Report of an investigation into the causes of the diseases known in Assam as Kála-Azár and Beri-Beri
Disease focus: Beri-Beri
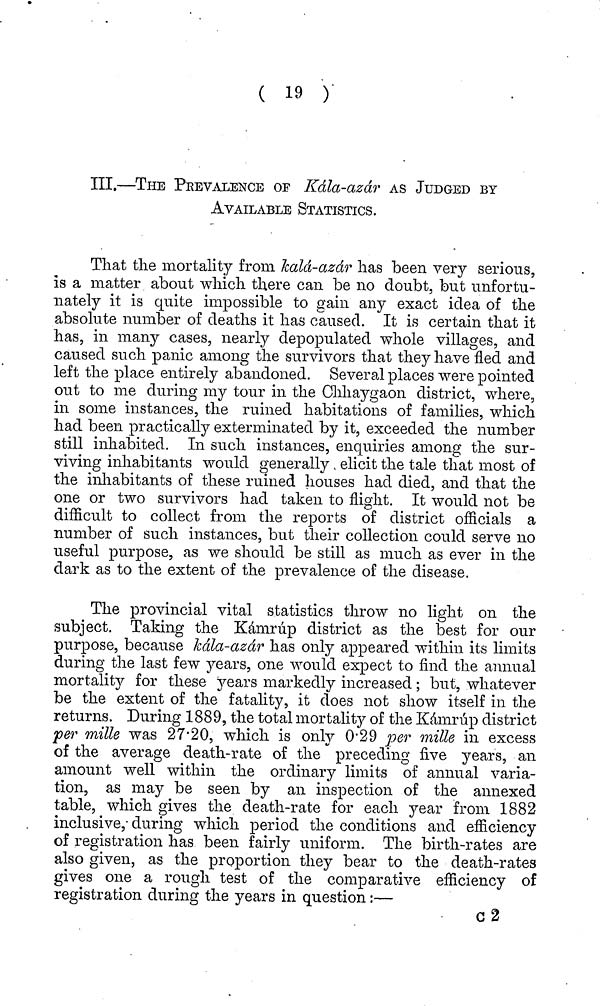
( 19 )
III.—THE PKEVALENCE OF Kala-azar AS JUDGED BY
AVAILABLE STATISTICS.
That the mortality from Jcald-azdr has been very serious,
is a matter about which there can be no doubt, but unfortu-
nately it is quite impossible to gain any exact idea of the
absolute number of deaths it has caused. It is certain that it
has, in many cases, nearly depopulated whole villages, and
caused such panic among the survivors that they have fled and
left the place entirely abandoned. Several places were pointed
out to me during my tour in the Chhaygaon district, where,
in some instances, the ruined habitations of families, which
had been practically exterminated by it, exceeded the number
still inhabited. In such instances, enquiries among the sur-
viving inhabitants would generally elicit the tale that most of
the inhabitants of these ruined houses had died, and that the
one or two survivors had taken to flight. It would not be
difficult to collect from the reports of district officials a
number of such instances, but their collection could serve no
useful purpose, as we should be still as much as ever in the
dark as to the extent of the prevalence of the disease.
The provincial vital statistics throw no light on the
subject. Taking the Kàmrup district as the best for our
purpose, because kala-azdr has only appeared within its limits
during the last few years, one would expect to find the annual
mortality for these years markedly increased ; but, whatever
be the extent of the fatality, it does not show itself in the
returns. During 1889, the total mortality of the Kamrup district
per mille was 27'20, which is only 0'29 per mille in excess
of the average death-rate of the preceding five years, an
amount well within the ordinary limits of annual varia-
tion, as may be seen by an inspection of the annexed
table, which gives the death-rate for each year from 1882
inclusive,· during which period the conditions and efficiency
of registration has been fairly uniform. The birth-rates are
also given, as the proportion they bear to the death-rates
gives one a rough test of the comparative efficiency of
registration during the years in question :—
c2